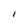
Character: 1